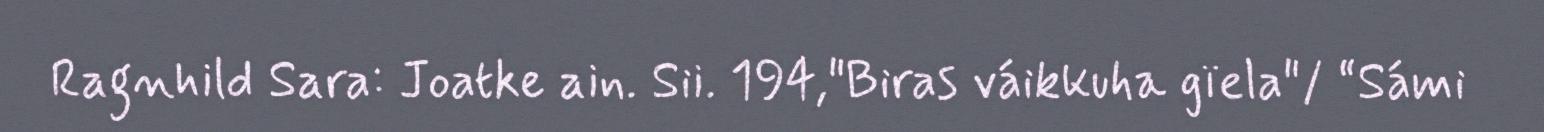
Ragnhild Sara: Joatke ain. Sii. 194,"Biras váikkuha gïela"/ “Sámi